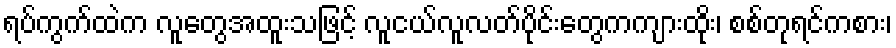
ရပ်ကွက်ထဲက လူတွေအထူးသဖြင့် လူငယ်လူလတ်ပိုင်းတွေကကျားထိုး၊ စစ်တုရင်ကစား၊